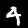
Label: 4